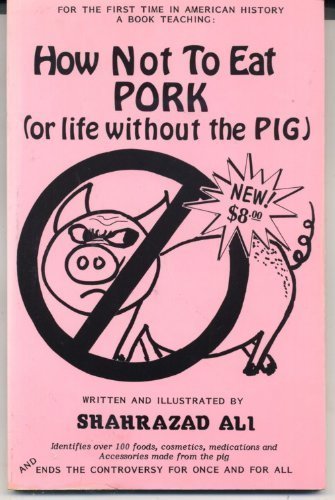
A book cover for How Not to Eat Pork (or Life Without the Pig); Shahrazad Ali; Health, Fitness & Dieting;